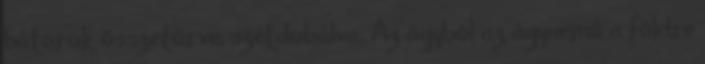
bútorok összetörve, szétdobálva. Az ágyból az ágynemű a földre